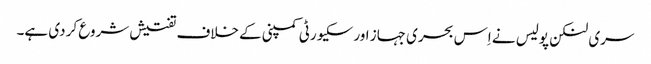
سری لنکن پولیس نے اِس بحری جہاز اور سکیورٹی کمپنی کے خلاف تفتیش شروع کر دی ہے۔